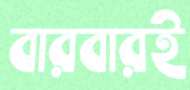
বারবারই